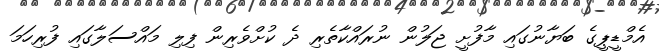
އެމްޑީޕީގެ ބަޔާނުގައި މާފުށީ ޖަލުން ނުރައްކާތެރި ދެ ކުށްވެރިން ފިލި މައްސަލާގައި ފުރިހަމަ